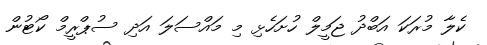
ކެލާ މުރަކަ އަބްދު ޖަމީލް ހުށަހެޅި މި މައްސަލަ އަދި ސުޕްރީމް ކޯޓުން